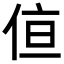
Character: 𪝂